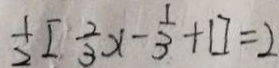
\frac { 1 } { 2 } [ \frac { 2 } { 3 } x - \frac { 1 } { 3 } + 1 ] = 2